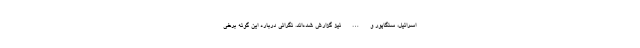
اسرائیل، سنگاپور و … نیز گزارش شده‌اند. نگرانی درباره این گونه برخی